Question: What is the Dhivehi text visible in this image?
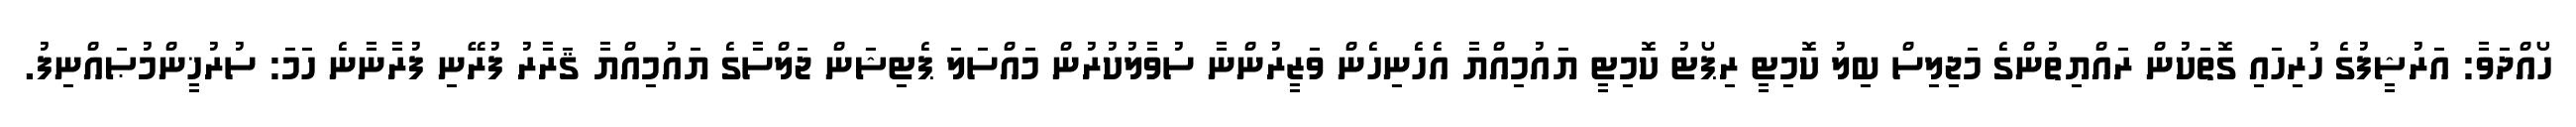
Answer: ހޯއްދަވާ: އަރުޝީފުގެ ހުރިހައި ގޮތަކުން ރައްޔިތުންގެ މަޖިލިސް ބިލު ކޮމިޓީ ރިޕޯޓު ކޮމިޓީ ޔައުމިއްޔާ އެހެނިހެން ވަޒީރުންނާ ސުވާލުކުރުން މައްސަލަ ޕެޓިޝަން ޖަލްސާގެ ޔައުމިއްޔާ ޤަރާރު ފުރޭނި ފުރާނާނެ ހަމަ: ސުރުޚީންމުޞައްނިފު.